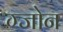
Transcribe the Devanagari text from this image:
ग्जोन